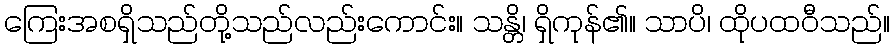
ကြေးအစရှိသည်တို့သည်လည်းကောင်း။ သန္တိ၊ ရှိကုန်၏။ သာပိ၊ ထိုပထဝီသည်။